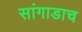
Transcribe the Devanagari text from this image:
सांगाडाच